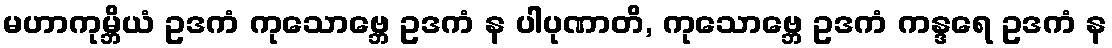
မဟာကုမ္ဘိယံ ဥဒကံ ကုသောဗ္ဘေ ဥဒကံ န ပါပုဏာတိ, ကုသောဗ္ဘေ ဥဒကံ ကန္ဒရေ ဥဒကံ န